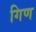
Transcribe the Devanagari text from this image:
गिण